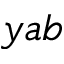
y a b